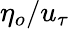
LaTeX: \eta_{o}/u_{\tau}